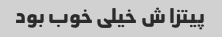
پیتزا ش خیلی خوب بود